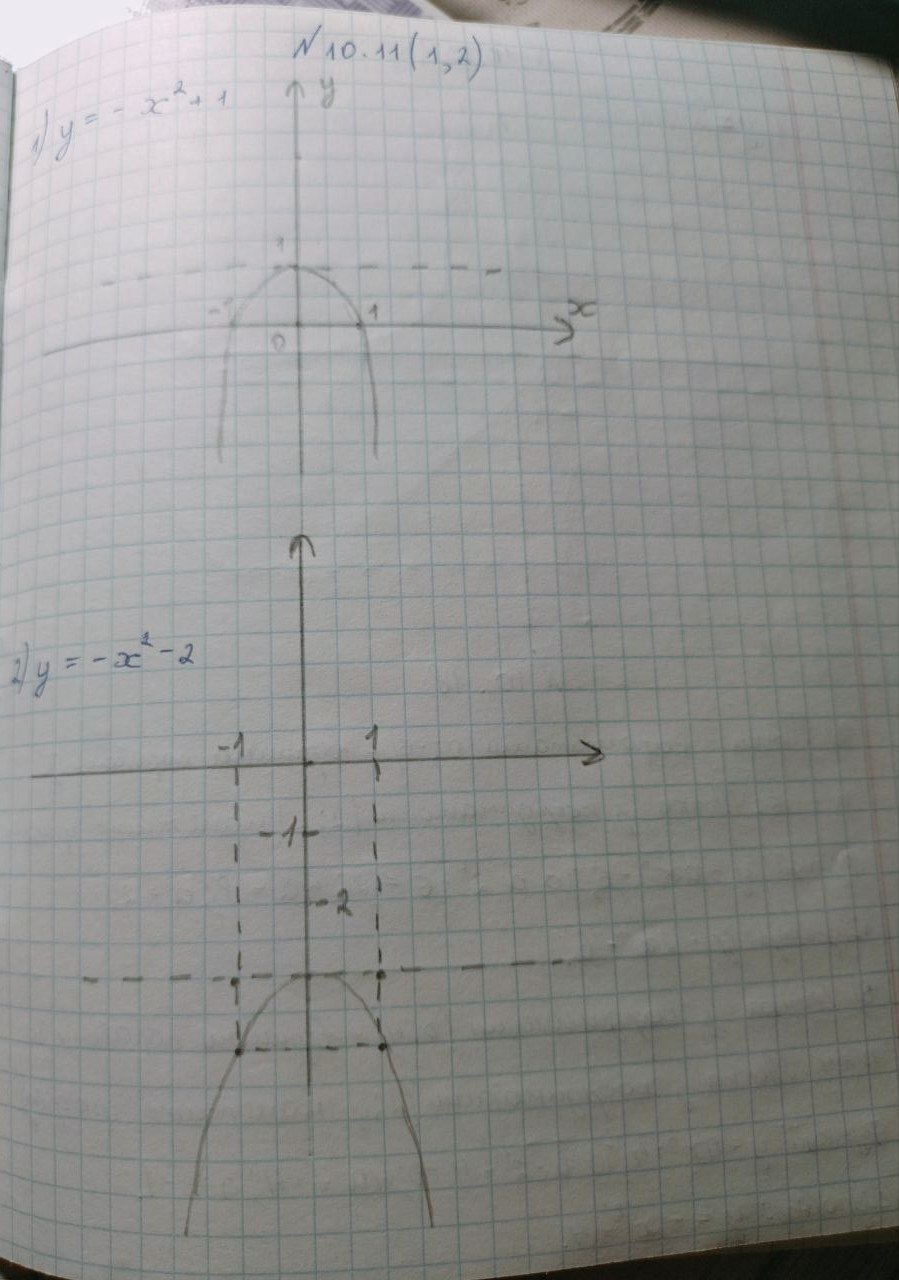
№10.11 (1, 2)
1) y = -x^2 + 1
2) y = -x^2 - 2